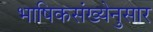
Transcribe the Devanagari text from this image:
भाषिकसंख्येनुसार